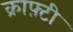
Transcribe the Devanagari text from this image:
क्राफ़्टी